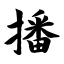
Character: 播